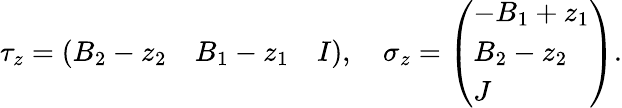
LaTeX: \tau_{z}=\left(\begin{array}{lll}{{B_{2}-z_{2}}}&{{B_{1}-z_{1}}}&{{I}}\end{array}\right),\quad\sigma_{z}=\left(\begin{array}{l}{{-B_{1}+z_{1}}}\\ {{B_{2}-z_{2}}}\\ {{J}}\end{array}\right).